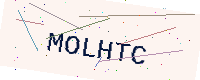
Text: MOLHTC